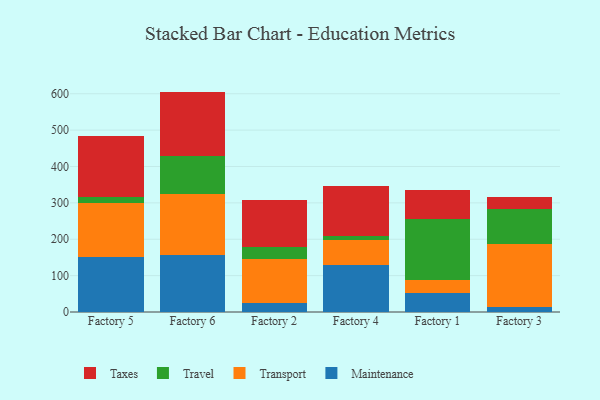
{"axis": {"x": "Factory", "y": "Latency (ms)"}, "legend": ["Maintenance", "Taxes", "Transport", "Travel"], "data": [{"x": "Factory 5", "y": 151.8, "type": "Maintenance"}, {"x": "Factory 5", "y": 147.3, "type": "Transport"}, {"x": "Factory 5", "y": 18.3, "type": "Travel"}, {"x": "Factory 5", "y": 166.8, "type": "Taxes"}, {"x": "Factory 6", "y": 157.5, "type": "Maintenance"}, {"x": "Factory 6", "y": 166.9, "type": "Transport"}, {"x": "Factory 6", "y": 105.0, "type": "Travel"}, {"x": "Factory 6", "y": 176.5, "type": "Taxes"}, {"x": "Factory 2", "y": 24.7, "type": "Maintenance"}, {"x": "Factory 2", "y": 120.6, "type": "Transport"}, {"x": "Factory 2", "y": 33.5, "type": "Travel"}, {"x": "Factory 2", "y": 128.6, "type": "Taxes"}, {"x": "Factory 4", "y": 130.1, "type": "Maintenance"}, {"x": "Factory 4", "y": 66.9, "type": "Transport"}, {"x": "Factory 4", "y": 13.0, "type": "Travel"}, {"x": "Factory 4", "y": 135.5, "type": "Taxes"}, {"x": "Factory 1", "y": 52.3, "type": "Maintenance"}, {"x": "Factory 1", "y": 34.4, "type": "Transport"}, {"x": "Factory 1", "y": 168.5, "type": "Travel"}, {"x": "Factory 1", "y": 81.2, "type": "Taxes"}, {"x": "Factory 3", "y": 13.4, "type": "Maintenance"}, {"x": "Factory 3", "y": 172.8, "type": "Transport"}, {"x": "Factory 3", "y": 97.1, "type": "Travel"}, {"x": "Factory 3", "y": 33.4, "type": "Taxes"}]}